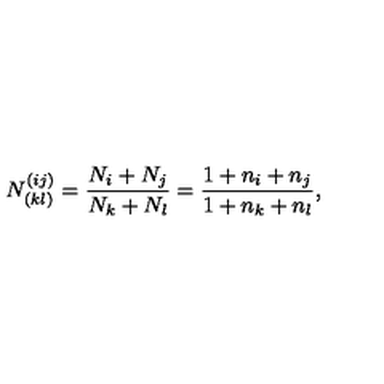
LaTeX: N _ { ( k l ) } ^ { ( i j ) } = { \frac { N _ { i } + N _ { j } } { N _ { k } + N _ { l } } } = { \frac { 1 + n _ { i } + n _ { j } } { 1 + n _ { k } + n _ { l } } } ,